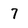
Character: 7